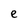
Character: e